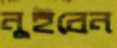
নুইবেন